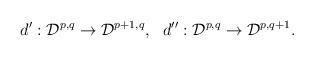
\begin{align*}d^\prime : {\cal D}^{p,q} \rightarrow {\cal D}^{p+1,q}, \ \ d^{\prime \prime} : {\cal D}^{p,q} \rightarrow {\cal D}^{p,q+1}.\end{align*}